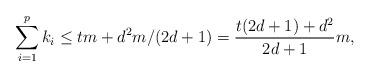
LaTeX: \begin{align*}\sum_{i=1}^p k_i\leq tm + d^2m/(2d+1)=\frac{t(2d+1)+d^2}{2d+1}m,\end{align*}